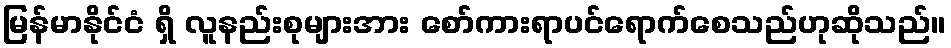
မြန်မာနိုင်ငံ ရှိ လူနည်းစုများအား စော်ကားရာပင်ရောက်စေသည်ဟုဆိုသည်။